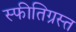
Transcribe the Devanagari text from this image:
स्फीतिग्रस्त